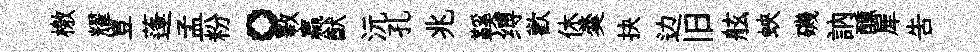
檄耀豈蓬孟粉。斁贏猷沅孔兆鞵缚歡休羮抉边旧舷蛺磯訥醺犀吿